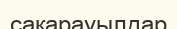
сақарауылдар